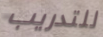
للتدريب